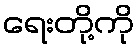
ရေးတို့ကို